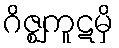
ဂိဇ္ဈကူဋမှိ